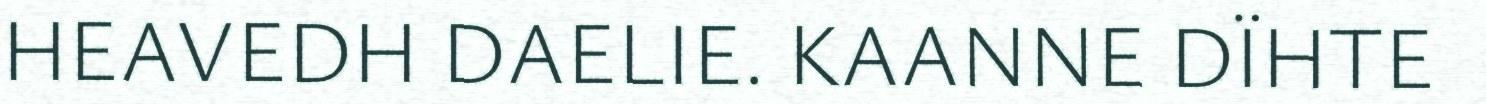
HEAVEDH DAELIE. KAANNE DÏHTE